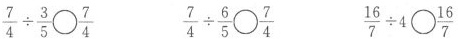
$$\frac { 7 } { 4 } \div \frac { 3 } { 5 } \bigcirc \frac { 7 } { 4 }$$ $$\frac { 7 } { 4 } \div \frac { 6 } { 5 } \bigcirc \frac { 7 } { 4 }$$ $$\frac { 1 6 } { 7 } \div 4 \bigcirc